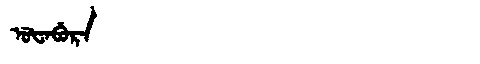
Manchu: ᡠᡶᠠᠪᡠᡵᠠ
Romanization: UFABURA